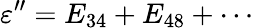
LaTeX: \varepsilon^{\prime\prime}=E_{34}+E_{48}+\cdots